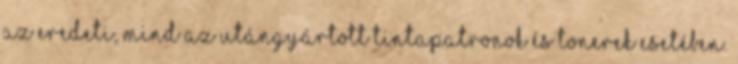
az eredeti, mind az utángyártott tintapatronok és tonerek esetében.